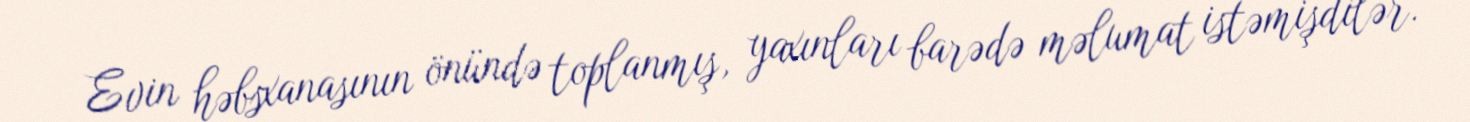
Evin həbsxanasının önündə toplanmış, yaxınları barədə məlumat istəmişdilər.